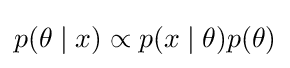
p(\theta \mid x)\propto p(x\mid \theta )p(\theta )